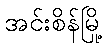
အင်းစိန်မြို့